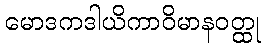
မောဒကဒါယိကာဝိမာနဝတ္ထု